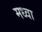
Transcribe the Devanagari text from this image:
मध्वा